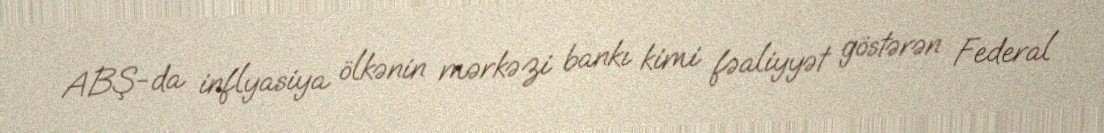
ABŞ-da inflyasiya ölkənin mərkəzi bankı kimi fəaliyyət göstərən Federal